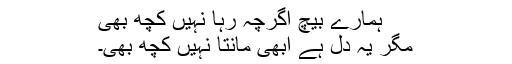
ہمارے بیچ اگرچہ رہا نہیں کچھ بھی
مگر یہ دل ہے ابھی مانتا نہیں کچھ بھی۔